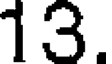
13.